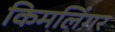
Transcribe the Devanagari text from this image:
किमलिंगर